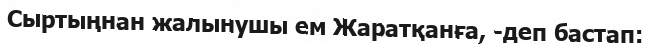
Сыртыңнан жалынушы ем Жаратқанға, -деп бастап: